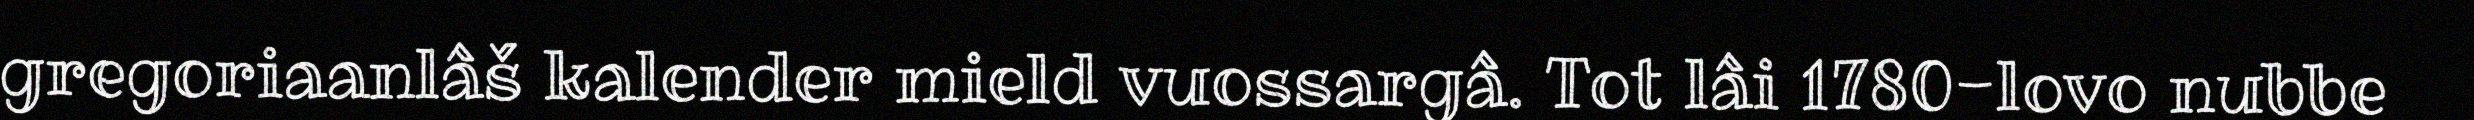
gregoriaanlâš kalender mield vuossargâ. Tot lâi 1780-lovo nubbe